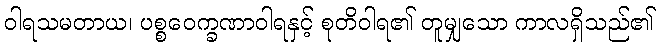
ဝါရသမတာယ၊ ပစ္စဝေက္ခဏာဝါရနှင့် စုတိဝါရ၏ တူမျှသော ကာလရှိသည်၏